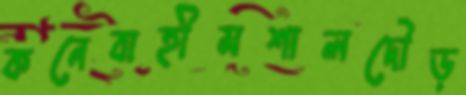
কনেবাহীমশালদৌড়